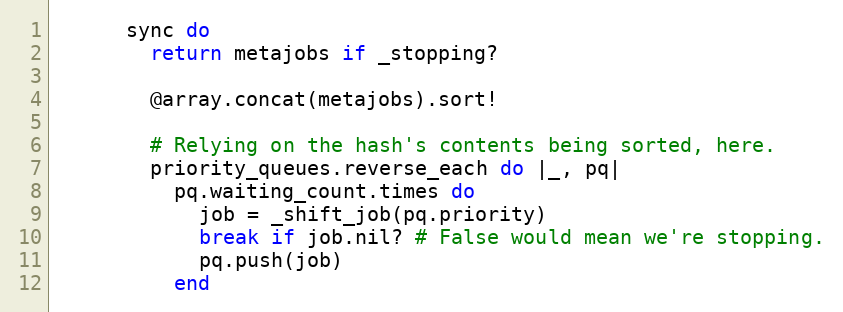
Language: Ruby
      sync do
        return metajobs if _stopping?

        @array.concat(metajobs).sort!

        # Relying on the hash's contents being sorted, here.
        priority_queues.reverse_each do |_, pq|
          pq.waiting_count.times do
            job = _shift_job(pq.priority)
            break if job.nil? # False would mean we're stopping.
            pq.push(job)
          end